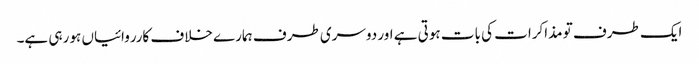
ایک طرف تو مذاکرات کی بات ہوتی ہے اور دوسری طرف ہمارے خلاف کارروائیاں ہو رہی ہے۔